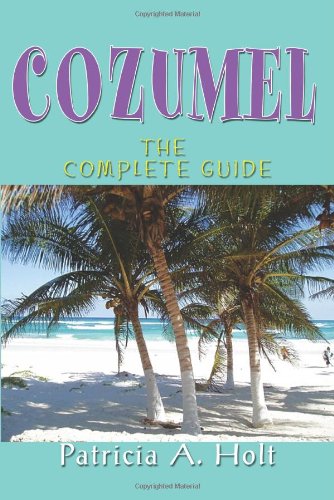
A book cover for Cozumel: The Complete Guide; Patricia Holt; Travel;